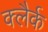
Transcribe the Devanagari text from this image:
क्लैर्क